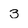
Character: 3